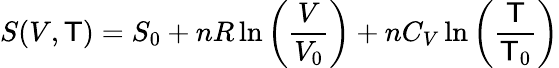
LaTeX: S(V,\mathsf{T})=S_{0}+nR\ln\left({\frac{{V}}{{V_{0}}}}\right)+nC_{V}\ln\left({\frac{{\mathsf{T}}}{{\mathsf{T}_{0}}}}\right)